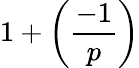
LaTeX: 1+\left({\frac{-1}{p}}\right)